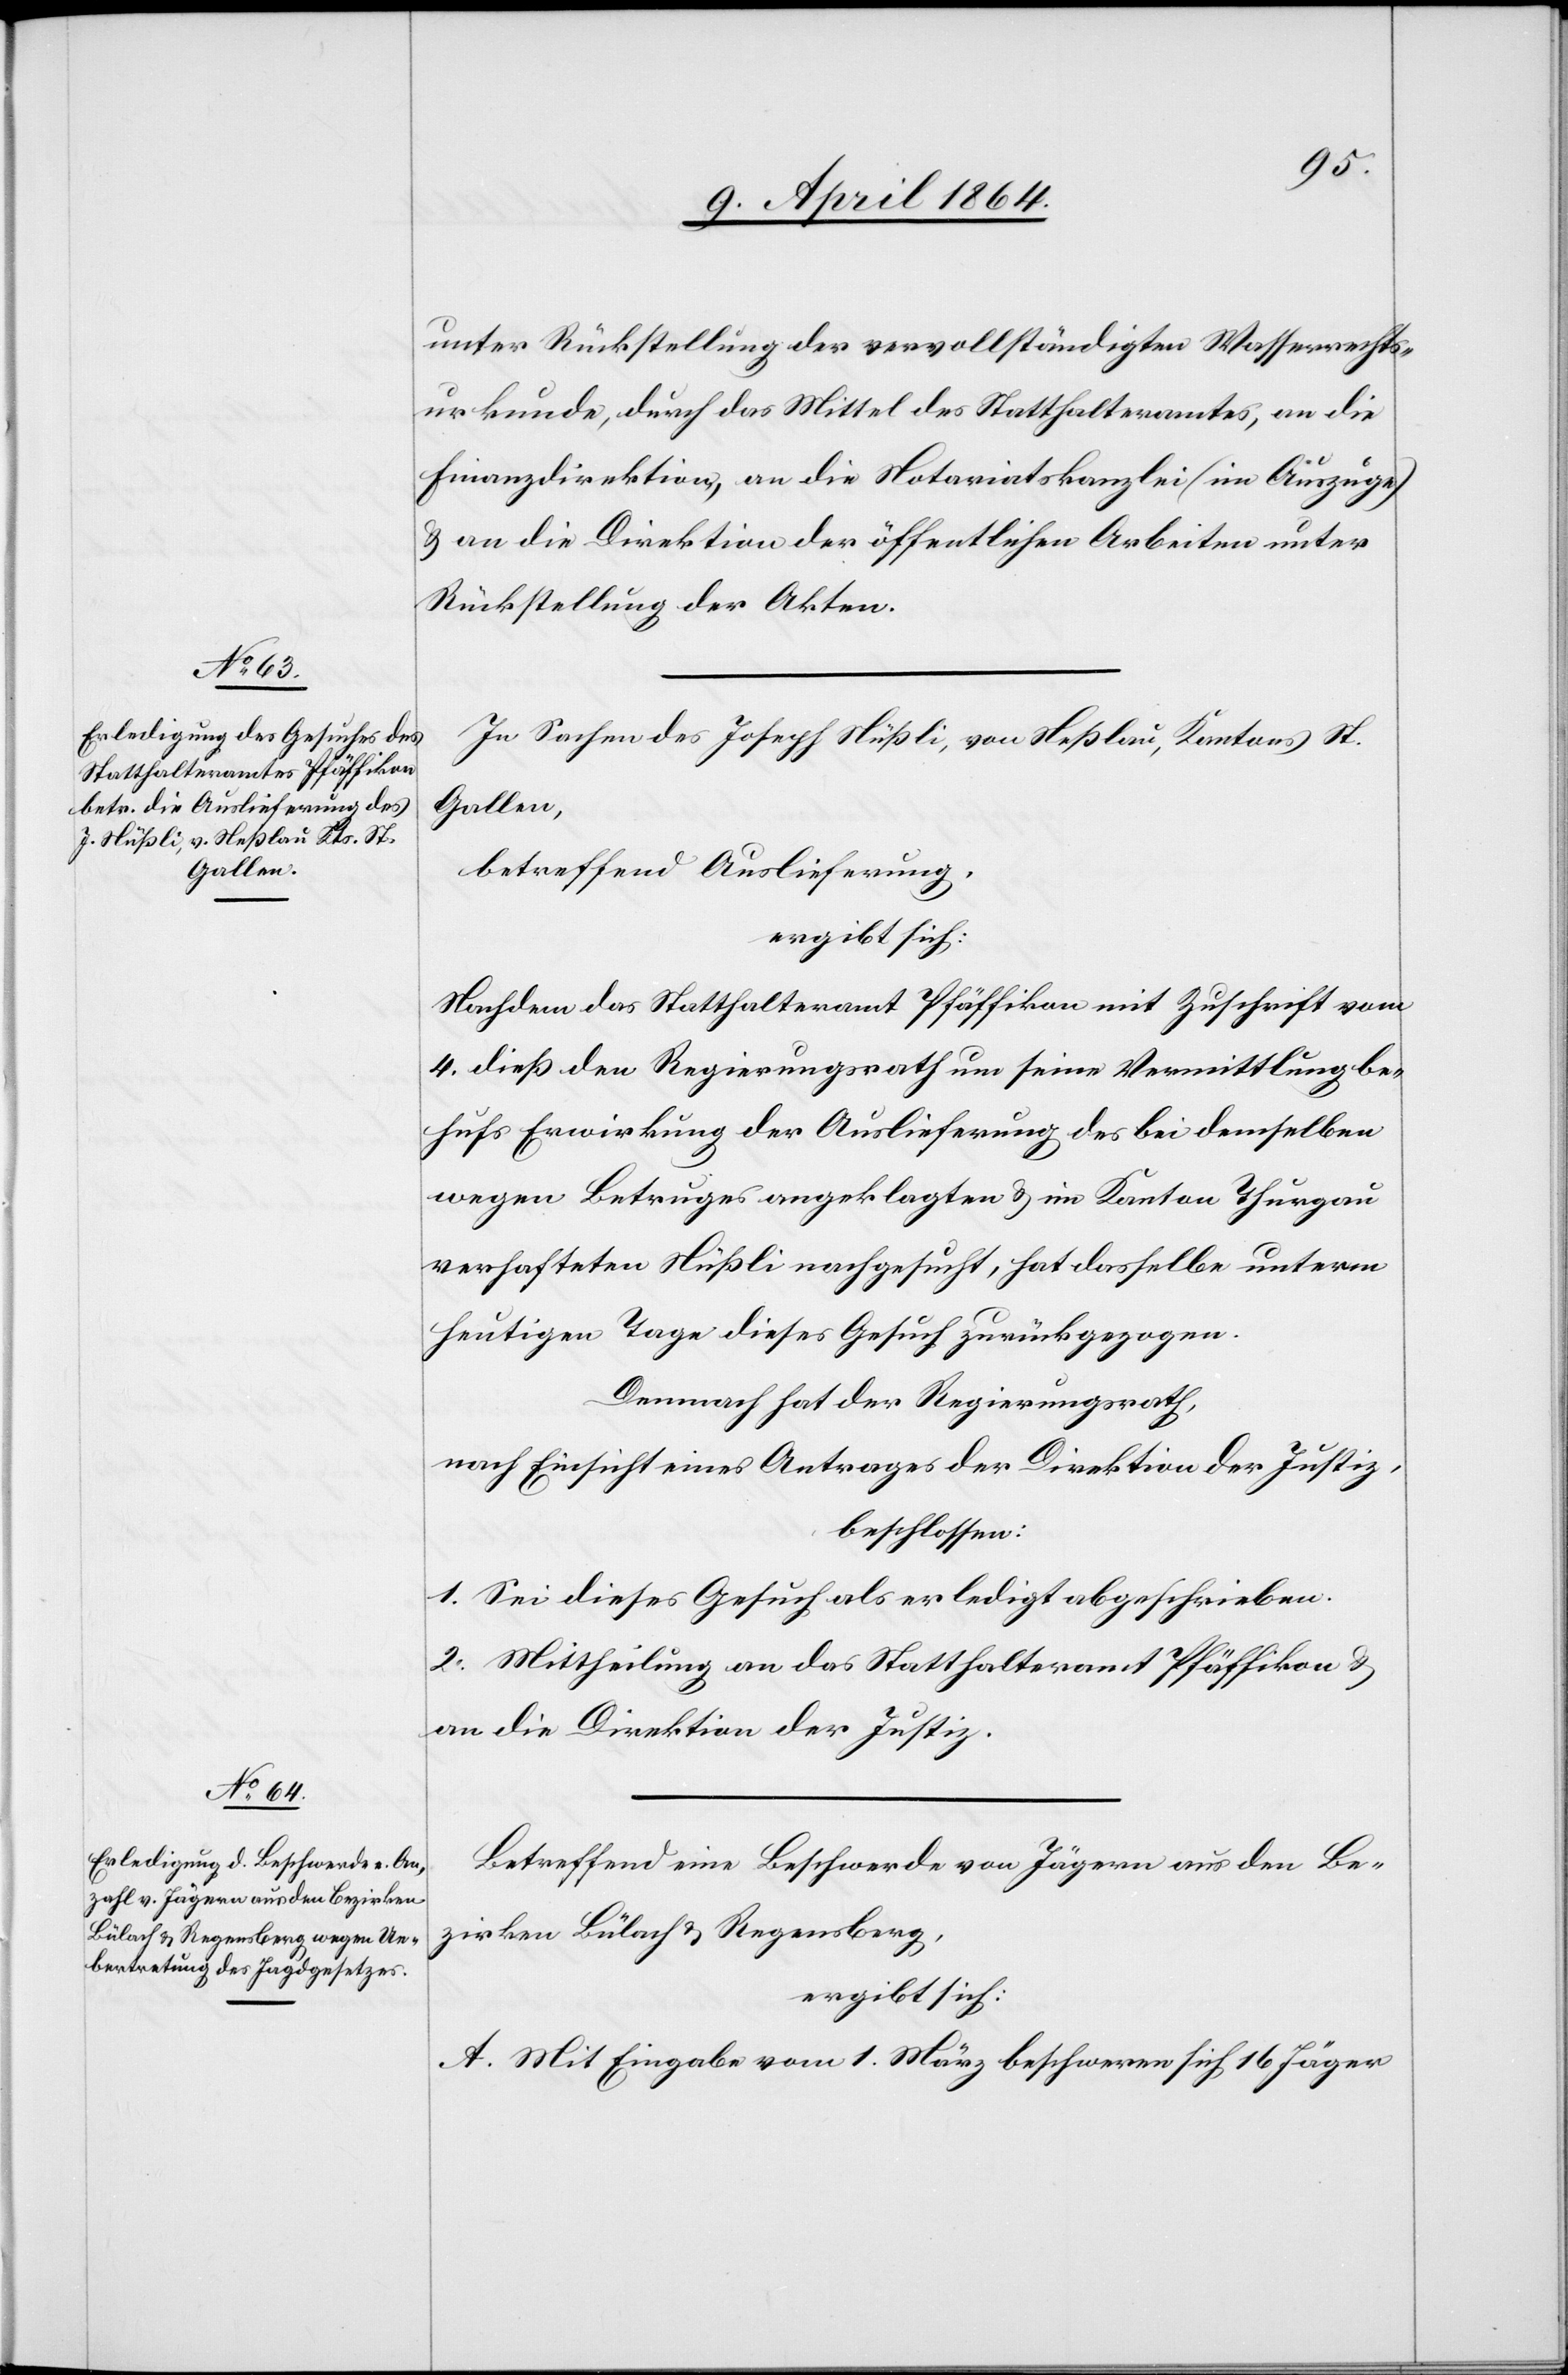
unter Rückstellung der vervollständigten Wasserrechts¬
urkunde, durch das Mittel des Statthalteramtes, an die
Finanzdirektion, an die Notariatskanzlei (im Auszuge)
u. an die Direktion der öffentlichen Arbeiten unter
Rückstellung der Akten.
In Sachen des Joseph Nüßli, von Neßlau, Kantons St.
Gallen,
betreffend Auslieferung,
ergibt sich:
Nachdem das Statthalteramt Pfäffikon mit Zuschrift vom
4. dieß den Regierungsrath um seine Vermittlung be¬
hufs Erwirkung der Auslieferung des bei demselben
wegen Betruges angeklagten u. im Kanton Thurgau
verhafteten Nüßli nachgesucht, hat dasselbe unterm
heutigen Tage dieses Gesuch zurückgezogen.
Demnach hat der Regierungsrath,
nach Einsicht eines Antrages der Direktion der Justiz,
beschlossen:
1. Sei dieses Gesuch als erledigt abgeschrieben.
2. Mittheilung an das Statthalteramt Pfäffikon u.
an die Direktion der Justiz.
Betreffend eine Beschwerde von Jägern aus den Be¬
zirken Bülach u. Regensberg,
ergibt sich:
A. Mit Eingabe vom 1. März beschweren sich 16 Jäger